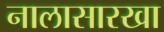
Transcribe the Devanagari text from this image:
नालासारखा